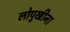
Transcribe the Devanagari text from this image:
लोपुखीना